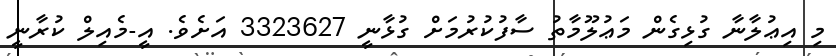
މި އިޢުލާނާ ގުޅިގެން މަޢުލޫމާތު ސާފުކުރުމަށް ގުޅާނީ 3323627 އަށެވެ. އީ-މެއިލް ކުރާނީ